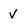
Character: v